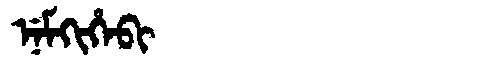
Manchu: ᠨᡝᠮᡴᡳᡥᡝᠪᡳ
Romanization: NEMKIHEBI